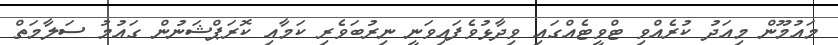
މައުމޫން މިއަދު ކުރެއްވި ޓްވީޓެއްގައި ވިދާޅުވެފައިވަނީ ނިރުބަވެރި ކަމާއި ކޮރަޕްޝަނުން ގައުމު ސަލާމަތް